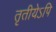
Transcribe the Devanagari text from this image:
तृतीयेऽपि